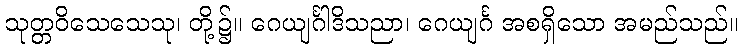
သုတ္တဝိသေသေသု၊ တို့၌။ ဂေယျင်္ဂါဒိသညာ၊ ဂေယျင်္ဂ အစရှိသော အမည်သည်။